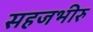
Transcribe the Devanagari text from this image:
सहजभीरु